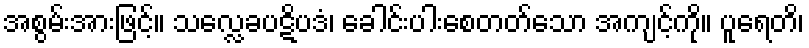
အစွမ်းအားဖြင့်။ သလ္လေခပဋိပဒံ၊ ခေါင်းပါးစေတတ်သော အကျင့်ကို။ ပူရေတိ၊